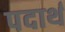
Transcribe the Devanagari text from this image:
पदार्थ